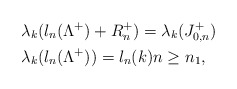
\begin{align*}&\lambda_k(l_n(\Lambda^+)+R_n^+)=\lambda_k(J_{0,n}^+)\\&\lambda_k(l_n(\Lambda^+))=l_n(k)n\geq n_1, \end{align*}